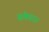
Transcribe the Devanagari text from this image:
संका।।